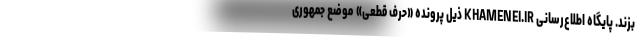
بزند. پایگاه اطلاع‌رسانی KHAMENEI.IR ذیل پرونده «حرف قطعی» موضع جمهوری